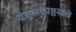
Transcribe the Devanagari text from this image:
वंजुलकाष्ठसत्व